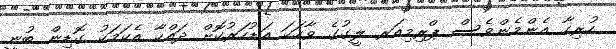
ހުރިހާ އެންމެންވެސް ޕްރިމިއަރ ލީގުގެ ވާހަކަ އަޑުހަރުކޮށް ދައްކާ އެކަމަކު ގޮޑިން ބުނީ